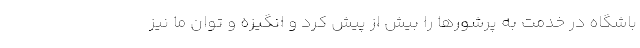
باشگاه در خدمت به پرشورها را بیش از پیش کرد و انگیزه و توان ما نیز